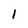
Character: l